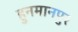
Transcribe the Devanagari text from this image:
हुनमानपुर